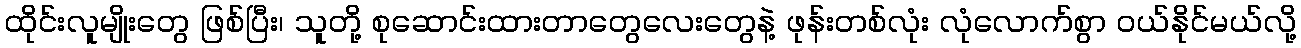
ထိုင်းလူမျိုးတွေ ဖြစ်ပြီး၊ သူတို့ စုဆောင်းထားတာတွေလေးတွေနဲ့ ဖုန်းတစ်လုံး လုံလောက်စွာ ဝယ်နိုင်မယ်လို့